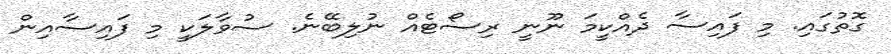
ގޮތުގައި. މި ފައިސާ ދެއްކީމަ ނޫނީ ރިސޯޓެއް ނުލިބޭނެ. ސުވާލަކީ މި ފައިސާއިން